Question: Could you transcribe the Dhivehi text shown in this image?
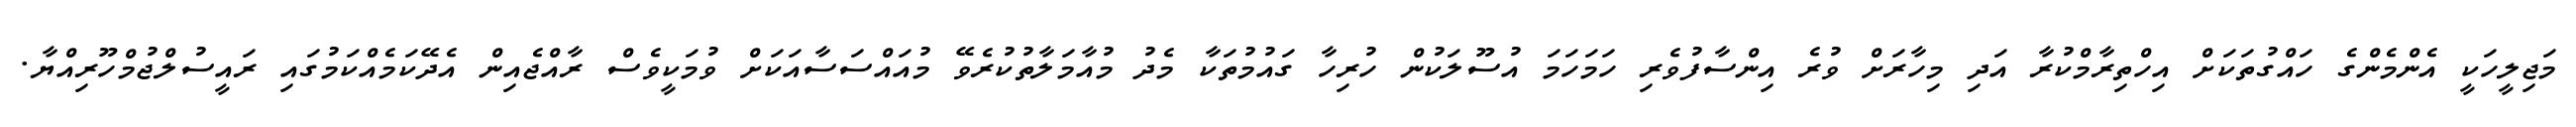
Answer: މަޖިލީހަކީ އެންމެންގެ ހައްގުތަކަށް އިހްތިރާމްކުރާ އަދި މިހާރަށް ވުރެ އިންސާފުވެރި ހަމަހަމަ އުސޫލަކުން ހުރިހާ ގައުމުތަކާ މެދު މުއާމަލާތުކުރެވޭ މުއައްސަސާއަކަށް ވުމަކީވެސް ރާއްޖެއިން އެދޭކަމެއްކަމުގައި ރައީސުލްޖުމްހޫރިއްޔާ.